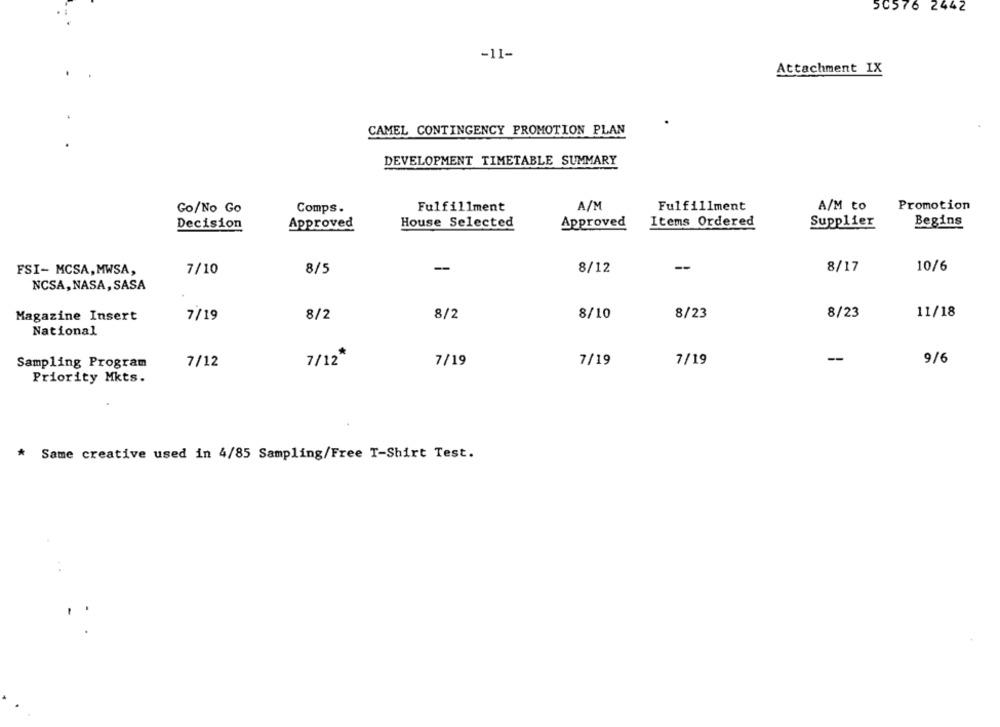
50576 2442
-11-
Attachment IX
CAMEL CONTINGENCY PROMOTION PLAN
DEVELOPMENT TIMETABLE SUMMARY
Go/No Go
Comps.
Fulfillment
A/M
Fulfillment
A/M to
Promotion
Decision
Approved
House Selected
Approved
Items Ordered
Supplier
Begins
-
--
8/17
10/6
FSI- MCSA, MWSA,
7/10
8/5
8/12
NCSA, NASA, SASA
11/18
Magazine Insert
7/19
8/2
8/2
8/10
8/23
8/23
National
Sampling Program
7/12
7/12"
7/19
7/19
7/19
--
9/6
Priority Mkts.
* Same creative used in 4/85 Sampling/Free T-Shirt Test.